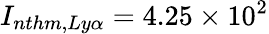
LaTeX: I_{nthm,Ly\alpha}=4.25\times 10^{2}